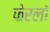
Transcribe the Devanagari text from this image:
फेरलाँ